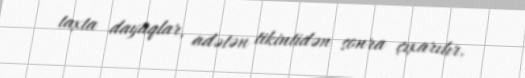
taxta dayaqlar, adətən tikintidən sonra çıxarılır.